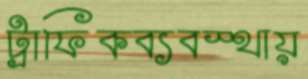
ট্রাফিকব্যবস্থায়